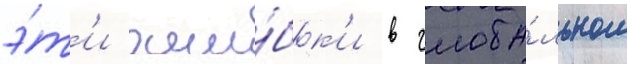
э́т'и оши́бк'и в глоба́льном